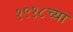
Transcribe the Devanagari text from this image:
१९१८च्या